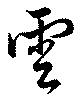
雲